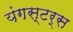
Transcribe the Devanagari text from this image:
यंगस्टर्स